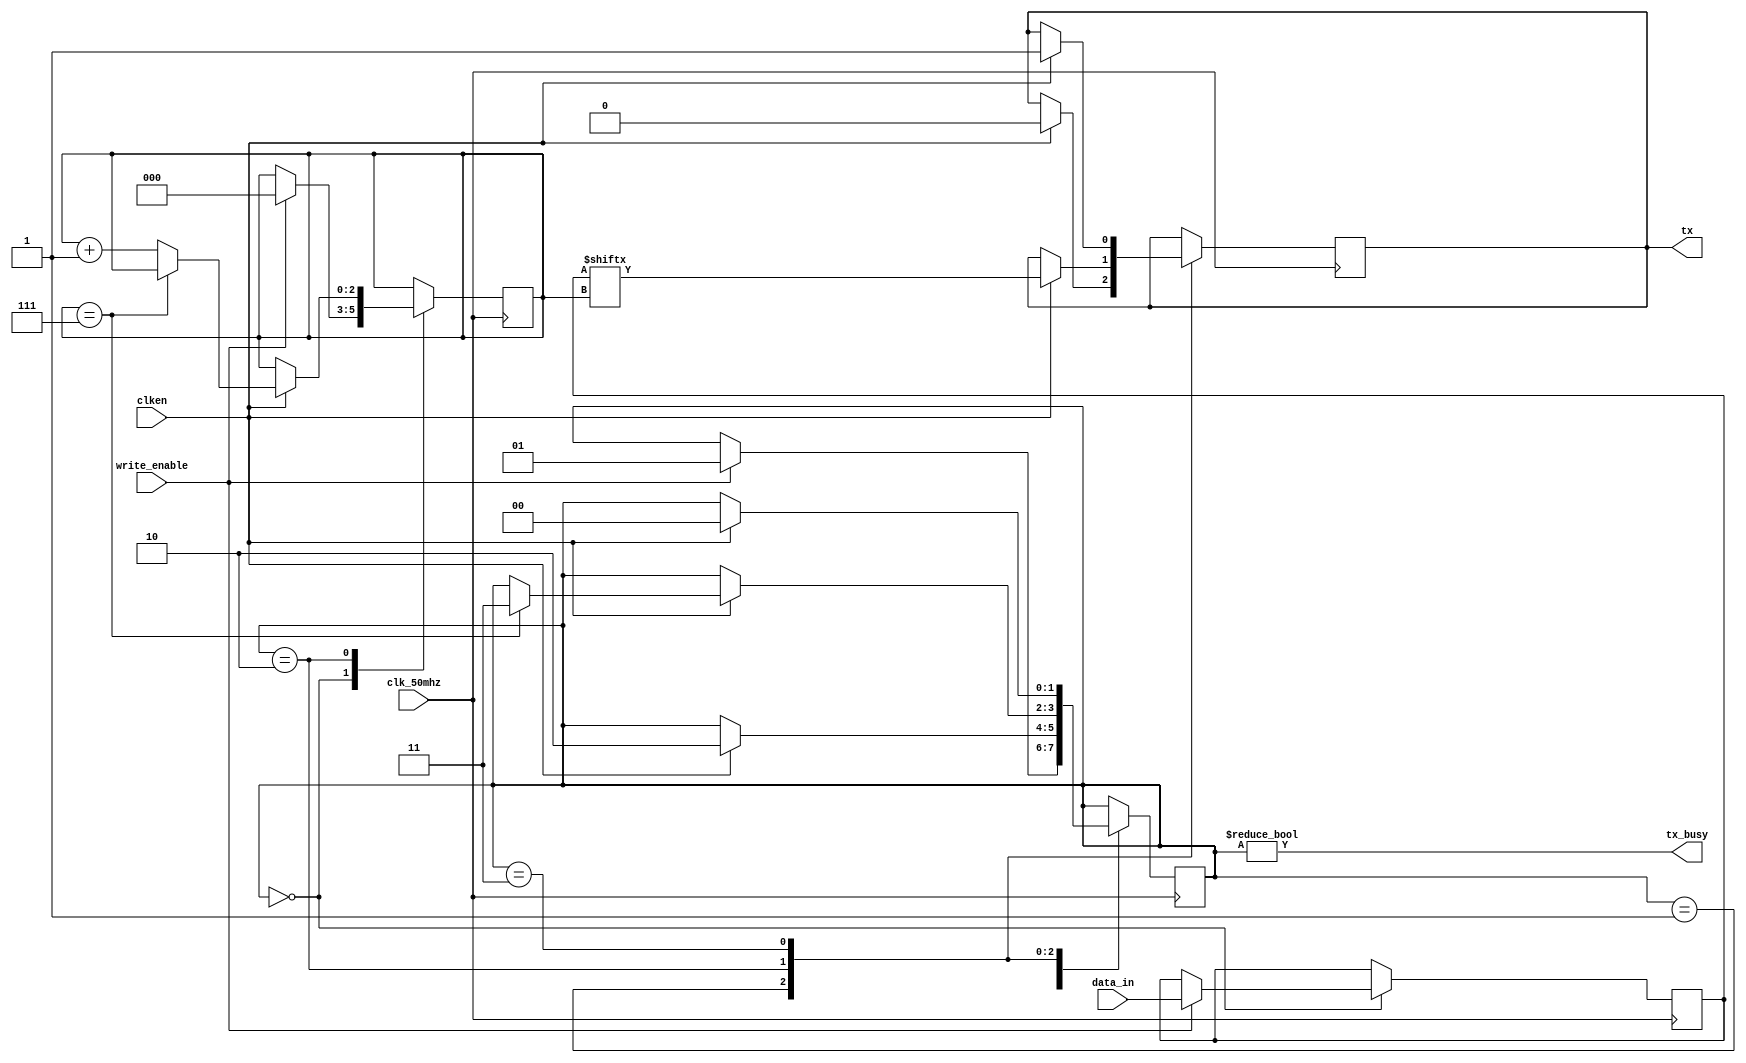

// TRANSMITTER MODULE FOR TRANSFERRING 1 BIT AT A TIME TO THE OUTPUT WIRE TX

module transmitter(input wire [7:0] data_in,
		   input wire write_enable,
		   input wire clk_50mhz,
		   input wire clken,
		   output reg tx,
		   output wire tx_busy);

initial begin
	 tx = 1'b1;
end

parameter STATE_IDLE	= 2'b00;
parameter STATE_START	= 2'b01;
parameter STATE_DATA	= 2'b10;
parameter STATE_STOP	= 2'b11;

reg [7:0] data = 8'h00;
reg [2:0] bit_position = 3'h0;
reg [1:0] state = STATE_IDLE;

always @(posedge clk_50mhz) begin
	case (state)
	STATE_IDLE: begin
		if (write_enable) begin
			state <= STATE_START;
			data <= data_in;
			bit_position <= 3'h0;
		end
	end
	STATE_START: begin
		if (clken) begin
			tx <= 1'b0;
			state <= STATE_DATA;
		end
	end
	STATE_DATA: begin
		if (clken) begin
			if (bit_position == 3'h7)
				state <= STATE_STOP;
			else
				bit_position <= bit_position + 3'h1;
			tx <= data[bit_position];
		end
	end
	STATE_STOP: begin
		if (clken) begin
			tx <= 1'b1;
			state <= STATE_IDLE;
		end
	end
	default: begin
		tx <= 1'b1;
		state <= STATE_IDLE;
	end
	endcase
end

assign tx_busy = (state != STATE_IDLE);

endmodule